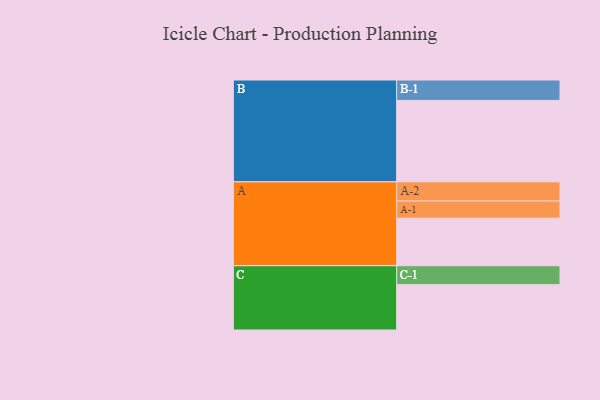
{"axis": {"x": "Segment", "y": "Value"}, "legend": ["", "A", "B", "C"], "data": [{"x": "A", "y": 324, "type": ""}, {"x": "B", "y": 555, "type": ""}, {"x": "C", "y": 309, "type": ""}, {"x": "A-1", "y": 117, "type": "A"}, {"x": "A-2", "y": 131, "type": "A"}, {"x": "B-1", "y": 139, "type": "B"}, {"x": "C-1", "y": 129, "type": "C"}]}